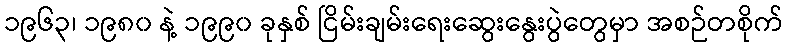
၁၉၆၃၊ ၁၉၈၀ နဲ့ ၁၉၉၀ ခုနှစ် ငြိမ်းချမ်းရေးဆွေးနွေးပွဲတွေမှာ အစဉ်တစိုက်